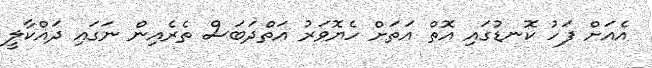
އެއަށް ފަހު ކޮނޑުގައި އޮތް އަތަށް ހެޔޮވަރު އަތްދަބަސް ތެރެއިން ނަގައި ދައްކާލީ